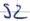
Text: S2